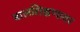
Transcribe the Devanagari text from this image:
बालशिक्षणावर